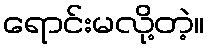
ရောင်းမလို့တဲ့။